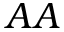
A A